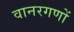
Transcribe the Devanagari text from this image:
वानरगणों